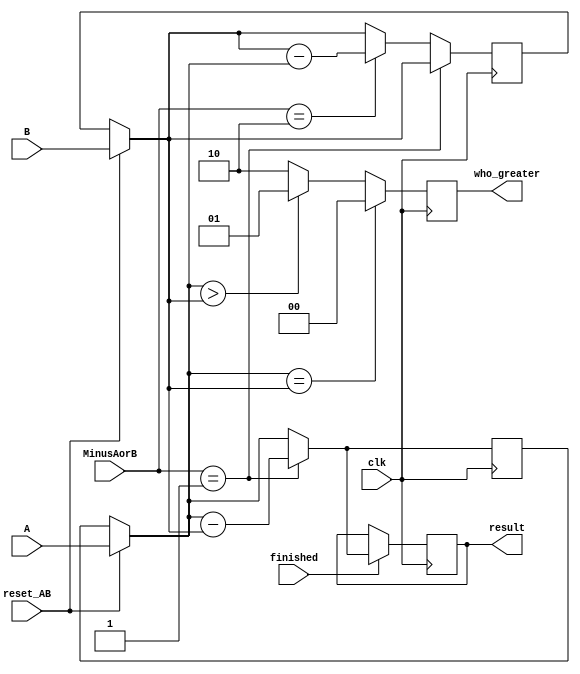
module gcd_datapath(
	input clk,
	input [1:0] MinusAorB,
	input finished,
	input [9:0] A,
	input [9:0] B,
	input reset_AB,
	output reg [1:0] who_greater,
	output reg [9:0] result
);
	reg [9:0] dp_A;
	reg [9:0] dp_B;
	always @(posedge clk) begin
		if(reset_AB) begin
			dp_A = A;
			dp_B = B;
		end
		if (dp_A==dp_B) who_greater =0;
		else if (dp_A>dp_B) who_greater=1;
		else who_greater=2;
		if(MinusAorB==1) dp_A = dp_A-dp_B;
		else if(MinusAorB==2) dp_B = dp_B-dp_A;
		if (finished) result = dp_A;
	end
endmodule